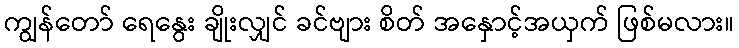
ကျွန်တော် ရေနွေး ချိုးလျှင် ခင်ဗျား စိတ် အနှောင့်အယှက် ဖြစ်မလား။